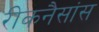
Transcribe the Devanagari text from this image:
रीकनैसांस